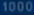
1000